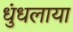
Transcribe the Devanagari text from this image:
धुंधलाया